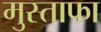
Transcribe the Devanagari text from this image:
मुस्ताफा